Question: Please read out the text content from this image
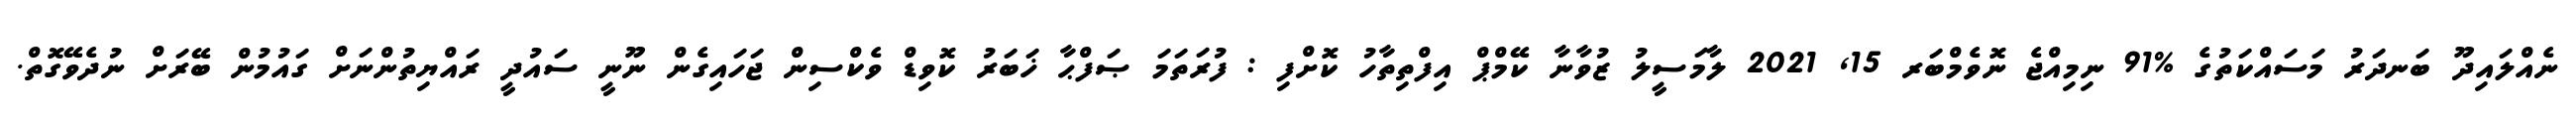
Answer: ނެއްލައިދޫ ބަނދަރު މަސައްކަތުގެ %91 ނިމިއްޖެ ނޮވެމްބަރ 15, 2021 ލާމަސީލު ޒުވާނާ ކޭމްޕް އިފްތިތާހު ކޮށްފި : ފުރަތަމަ ޞަފްޙާ ޚަބަރު ކޮވިޑް ވެކްސިން ޖަހައިގެން ނޫނީ ސައުދީ ރައްޔިތުންނަށް ގައުމުން ބޭރަށް ނުދެވޭގޮތް.